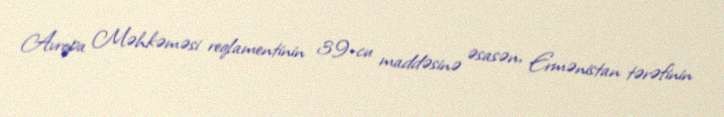
Avropa Məhkəməsi reqlamentinin 39-cu maddəsinə əsasən, Ermənistan tərəfinin